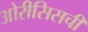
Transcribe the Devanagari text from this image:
ओरीसिसची